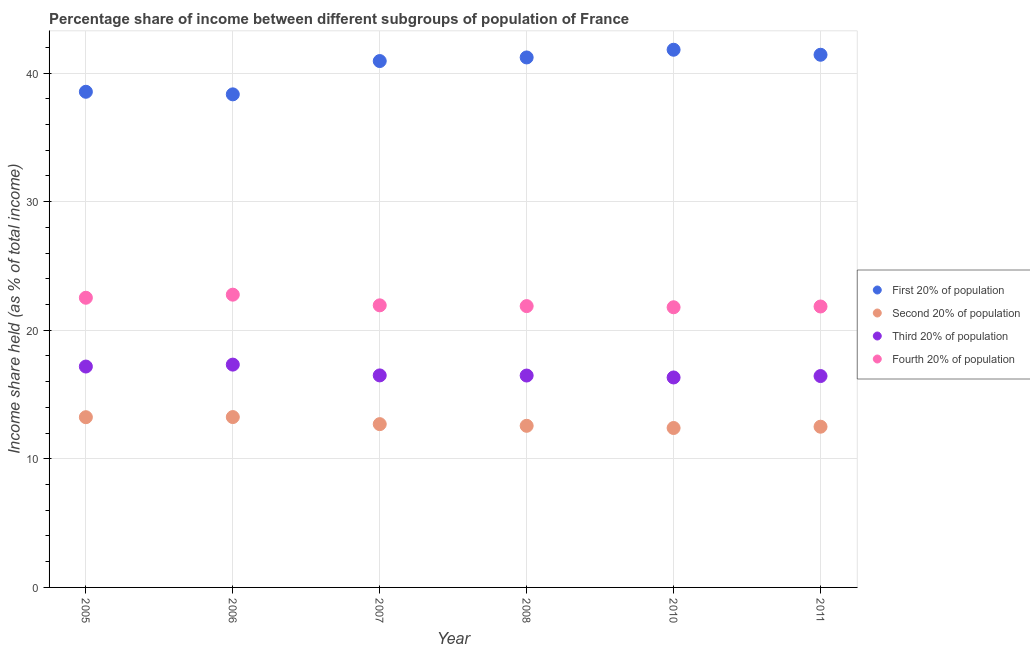
| Year | First 20% of population | Second 20% of population | Third 20% of population | Fourth 20% of population |
 | --- | --- | --- | --- | --- |
 | 2005 | 38.5 | 13.2 | 17.2 | 22.5 |
 | 2006 | 38.4 | 13.2 | 17.3 | 22.8 |
 | 2007 | 40.9 | 12.7 | 16.5 | 21.9 |
 | 2008 | 41.2 | 12.6 | 16.5 | 21.9 |
 | 2010 | 41.8 | 12.4 | 16.3 | 21.8 |
 | 2011 | 41.4 | 12.5 | 16.4 | 21.9 |